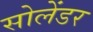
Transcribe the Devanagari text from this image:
सोलेंडर